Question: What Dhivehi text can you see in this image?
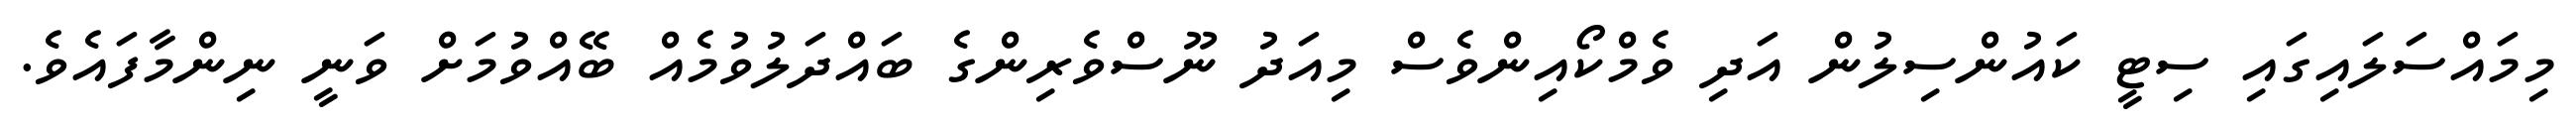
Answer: މިމައްސަލައިގައި ސިޓީ ކައުންސިލުން އަދި ވެމްކޯއިންވެސް މިއަދު ނޫސްވެރިންގެ ބައްދަލުވުމެއް ބޭއްވުމަށް ވަނީ ނިންމާފައެވެ.